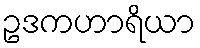
ဥဒကဟာရိယာ